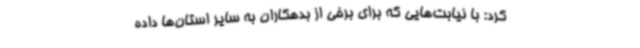
کرد: با نیابت‌هایی که برای برخی از بدهکاران به سایر استان‌ها داده